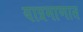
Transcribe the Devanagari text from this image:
याप्रमाणात